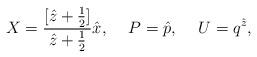
LaTeX: \begin{align*}X=\frac{[\hat{z}+\frac{1}{2}]}{\hat{z}+\frac{1}{2}} \hat{x},\hspace{.5cm} P=\hat{p},\hspace{.5 cm} U=q^{\hat{z}},\end{align*}